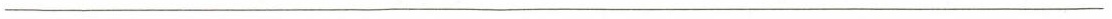
___